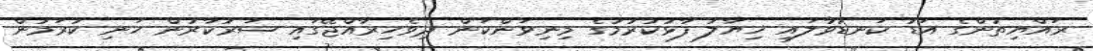
ރައްޔިތުންގެ އަޑު ކަނޑުވާލައި ޚިޔާލު ފާޅުކުރުމުގެ މިނިވަންކަން ދިވެހިރާއްޖޭގައި ސަރުކާރުން ހަނި ކުރަމުން